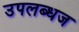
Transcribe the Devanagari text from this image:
उपलब्धज